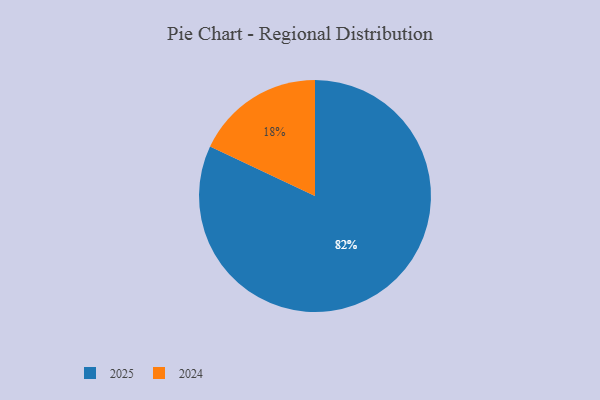
{"axis": {"x": "Category", "y": "Percentage"}, "legend": ["2024", "2025"], "data": [{"x": "2024", "y": 18, "type": "2024"}, {"x": "2025", "y": 82, "type": "2025"}]}